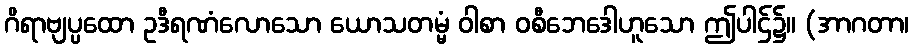
ဂိရာဗျပ္ပထော ဥဒီရဏံလောသော ယောသတမ္မံ ဝါစာ ဝစီဘေဒေါဟူသော ဤပါဌ်၌။ (အာဂတာ၊